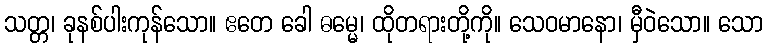
သတ္တ၊ ခုနစ်ပါးကုန်သော။ ဧတေ ခေါ ဓမ္မေ၊ ထိုတရားတို့ကို။ သေဝမာနော၊ မှီဝဲသော။ သော